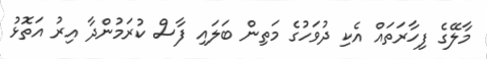
މާލޭގެ ފިހާރަތައް އެކި ދުވަހުގެ މަތިން ބަލައި ފާސް ކުރަމުންދާ އިރު އަތޮޅު